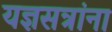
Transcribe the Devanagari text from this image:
यज्ञसत्रांना